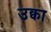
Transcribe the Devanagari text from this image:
उक्वा